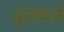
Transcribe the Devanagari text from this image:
बुजवले